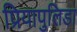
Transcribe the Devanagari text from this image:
प्रियापुलिडा